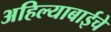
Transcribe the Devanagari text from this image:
अहिल्याबाईचे